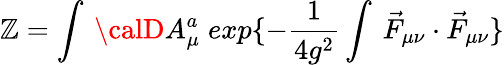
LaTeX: \mathbb{Z}=\int\: {\calD}A_{\mu}^{a}\; exp\{ -\frac{{1}}{{4g^{2}}}\int\: \vec{{F}}_{\mu\nu}\cdot\vec{{F}}_{\mu\nu}\}